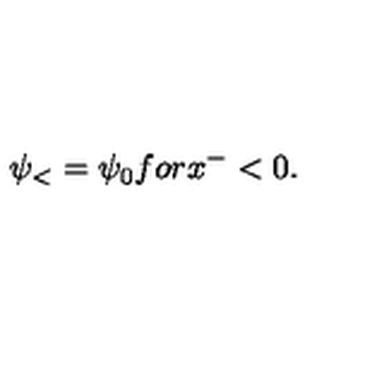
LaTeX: \psi _ { < } = \psi _ { 0 } f o r x ^ { - } < 0 .